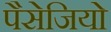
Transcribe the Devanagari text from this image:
पैसेजियो